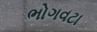
ભોગવટા